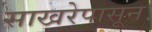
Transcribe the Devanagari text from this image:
साखरेपासून